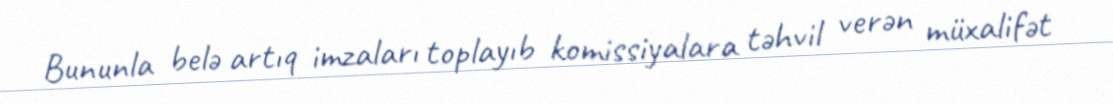
Bununla belə artıq imzaları toplayıb komissiyalara təhvil verən müxalifət